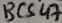
Text: BC547